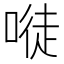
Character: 𠻀